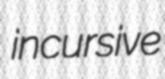
incursive